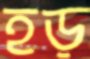
হড়